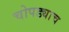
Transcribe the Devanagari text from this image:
चोपड्याच